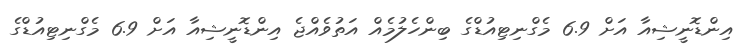
އިންޑޮނީޝިއާ އަށް 6.9 މެގްނިޓިއުޑްގެ ބިންހެލުމެއް އަތުވެއްޖެ އިންޑޮނީޝިއާ އަށް 6.9 މެގްނިޓިއުޑްގެ